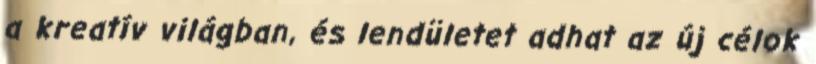
a kreatív világban, és lendületet adhat az új célok